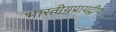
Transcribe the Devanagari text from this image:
भारतीयप्रायद्वीप